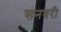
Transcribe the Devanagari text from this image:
सनबरी